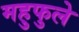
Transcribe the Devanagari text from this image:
महुफुले